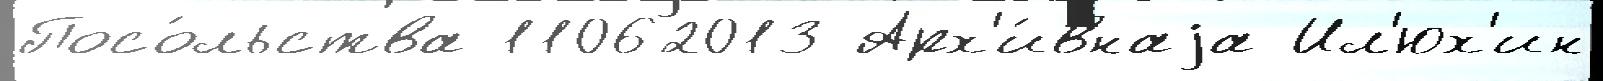
Посо́льства 11062013 Арх'и́внаjа Ил'юх'ин